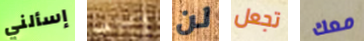
إسألني والداها لن تجعل معك